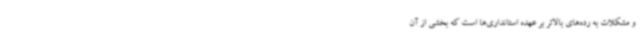
و مشکلات به رده‌های بالاتر بر عهده استانداری‌ها است که بخشی از آن